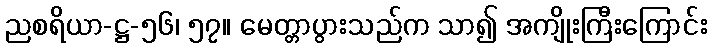
ညစရိယာ-ဋ္ဌ-၅၆၊ ၅၇။ မေတ္တာပွားသည်က သာ၍ အကျိုးကြီးကြောင်း